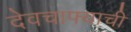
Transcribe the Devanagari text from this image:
देवचाफ्याची